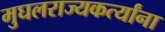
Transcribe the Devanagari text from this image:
मुघलराज्यकर्त्यांना